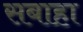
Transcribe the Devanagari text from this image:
सबाहा